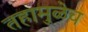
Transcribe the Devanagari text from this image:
तहामुळेच